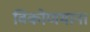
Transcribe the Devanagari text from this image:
विकोणमान।